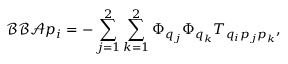
\mathcal { B } \mathcal { B } \mathcal { A } p _ { i } = - \sum _ { j = 1 } ^ { 2 } \sum _ { k = 1 } ^ { 2 } \Phi _ { q _ { j } } \Phi _ { q _ { k } } T _ { q _ { i } p _ { j } p _ { k } } ,